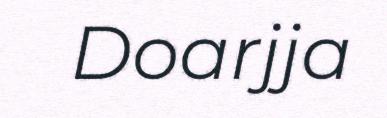
Doarjja